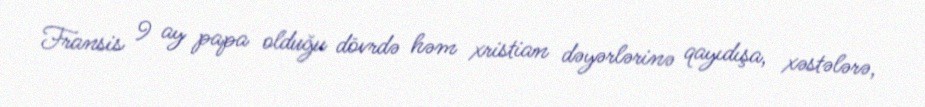
Fransis 9 ay papa olduğu dövrdə həm xristian dəyərlərinə qayıdışa, xəstələrə,